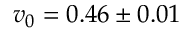
v _ { 0 } = 0 . 4 6 \pm 0 . 0 1